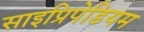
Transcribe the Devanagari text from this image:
साइप्रिपेडियम